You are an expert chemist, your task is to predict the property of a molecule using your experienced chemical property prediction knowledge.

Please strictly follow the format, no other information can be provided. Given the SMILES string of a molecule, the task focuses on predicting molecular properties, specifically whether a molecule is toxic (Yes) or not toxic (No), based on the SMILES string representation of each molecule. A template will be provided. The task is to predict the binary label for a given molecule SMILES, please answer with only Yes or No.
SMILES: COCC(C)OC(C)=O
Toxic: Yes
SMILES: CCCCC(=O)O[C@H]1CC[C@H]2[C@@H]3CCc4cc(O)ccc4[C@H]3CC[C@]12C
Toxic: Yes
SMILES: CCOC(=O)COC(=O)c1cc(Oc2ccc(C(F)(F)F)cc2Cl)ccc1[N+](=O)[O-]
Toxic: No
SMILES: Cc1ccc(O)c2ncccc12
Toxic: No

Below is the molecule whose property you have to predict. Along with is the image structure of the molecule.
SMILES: C1CS1
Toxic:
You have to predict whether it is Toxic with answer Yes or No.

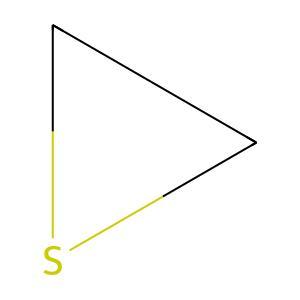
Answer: No